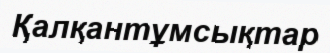
Қалқантұмсықтар